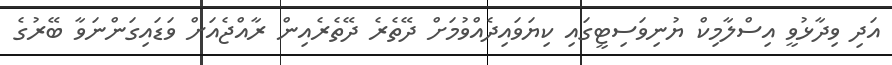
އަދި ވިދާޅުވީ އިސްލާމިކް ޔުނިވަސިޓީގައި ކިޔަވައިދެއްވުމަށް ދޭތެރެ ދޭތެރެއިން ރާއްޖެއަށް ވަޑައިގަންނަވާ ބޭރުގެ